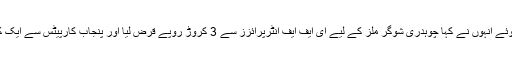
دلائل کو جاری رکھتے ہوئے انہوں نے کہا چوہدری شوگر ملز کے لیے ای ایف ایف انٹرپرائزز سے 3 کروڑ روپے قرض لیا اور پنجاب کارپیٹس سے ایک کروڑ روپے قرض لیا گیا۔